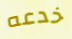
خدعه